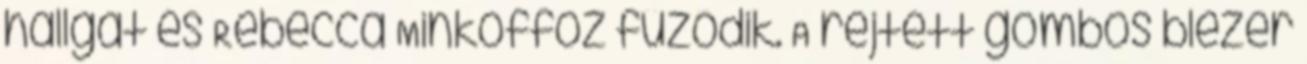
hallgat és Rebecca Minkoffoz fűződik. A rejtett gombos blézer